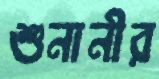
শুনানীর